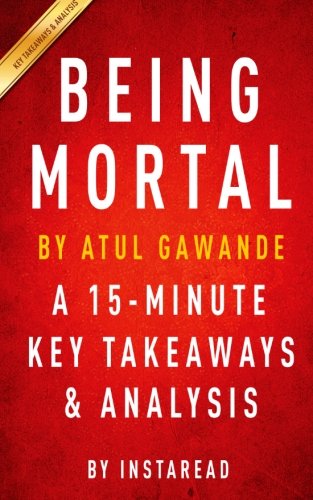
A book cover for Being Mortal: by Atul Gawande | A 15-minute Key Takeaways & Analysis: Medicine and What Matters in the End; Instaread; Medical Books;